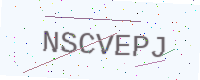
Text: NSCVEPJ